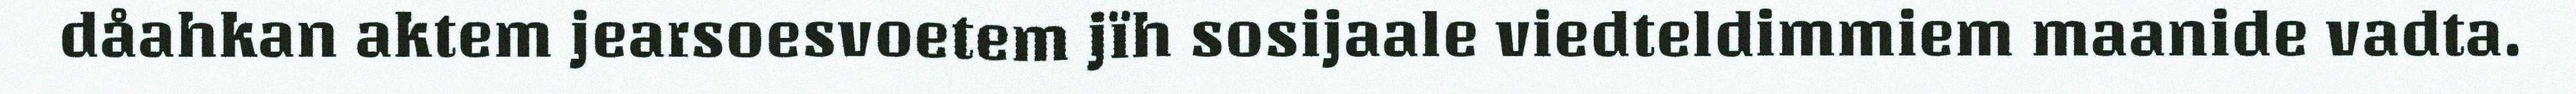
dåahkan aktem jearsoesvoetem jïh sosijaale viedteldimmiem maanide vadta.